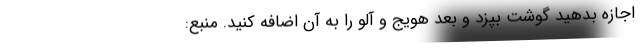
اجازه بدهید گوشت بپزد و بعد هویج و آلو را به آن اضافه کنید. منبع: